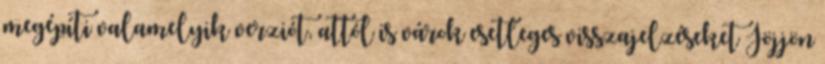
megépíti valamelyik verziót, attól is várok esetleges visszajelzéseket Jöjjön